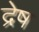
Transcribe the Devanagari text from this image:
द्रेष